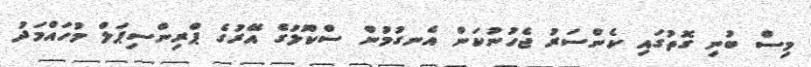
މިސް ބުނި ގޮތުގައި ކެންސަރު ޖެހުނުކަން އެނގުމުން ސްކޫލުގެ އޭރުގެ ޕްރިންސިޕަލް މުހައްމަދު